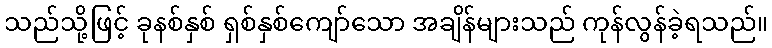
သည်သို့ဖြင့် ခုနစ်နှစ် ရှစ်နှစ်ကျော်သော အချိန်များသည် ကုန်လွန်ခဲ့ရသည်။